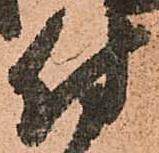
付